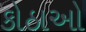
કોઠાઓ